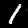
Label: 1